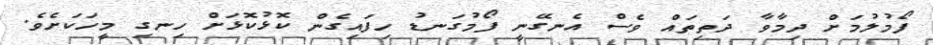
ފޯމުލުމަށް ދިމާވާ ދަތިތައް ވެސް އެނގޭނީ ފޯމުގަނޑު ހިފައިގެން ކޮޅުކޮޅަށް ހިނގި މީހަކަށެވެ.